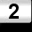
Digit: 2